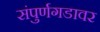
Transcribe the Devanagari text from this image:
संपुर्णगडावर